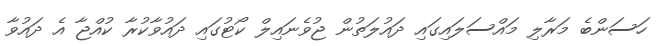
ހަސަންބެ މަރާލި މައްސަލައިގައި ދައުލަތުން ޖުވެނައިލް ކޯޓުގައި ދައުވާކުރާ ކުއްޖާ އެ ދައުވާ